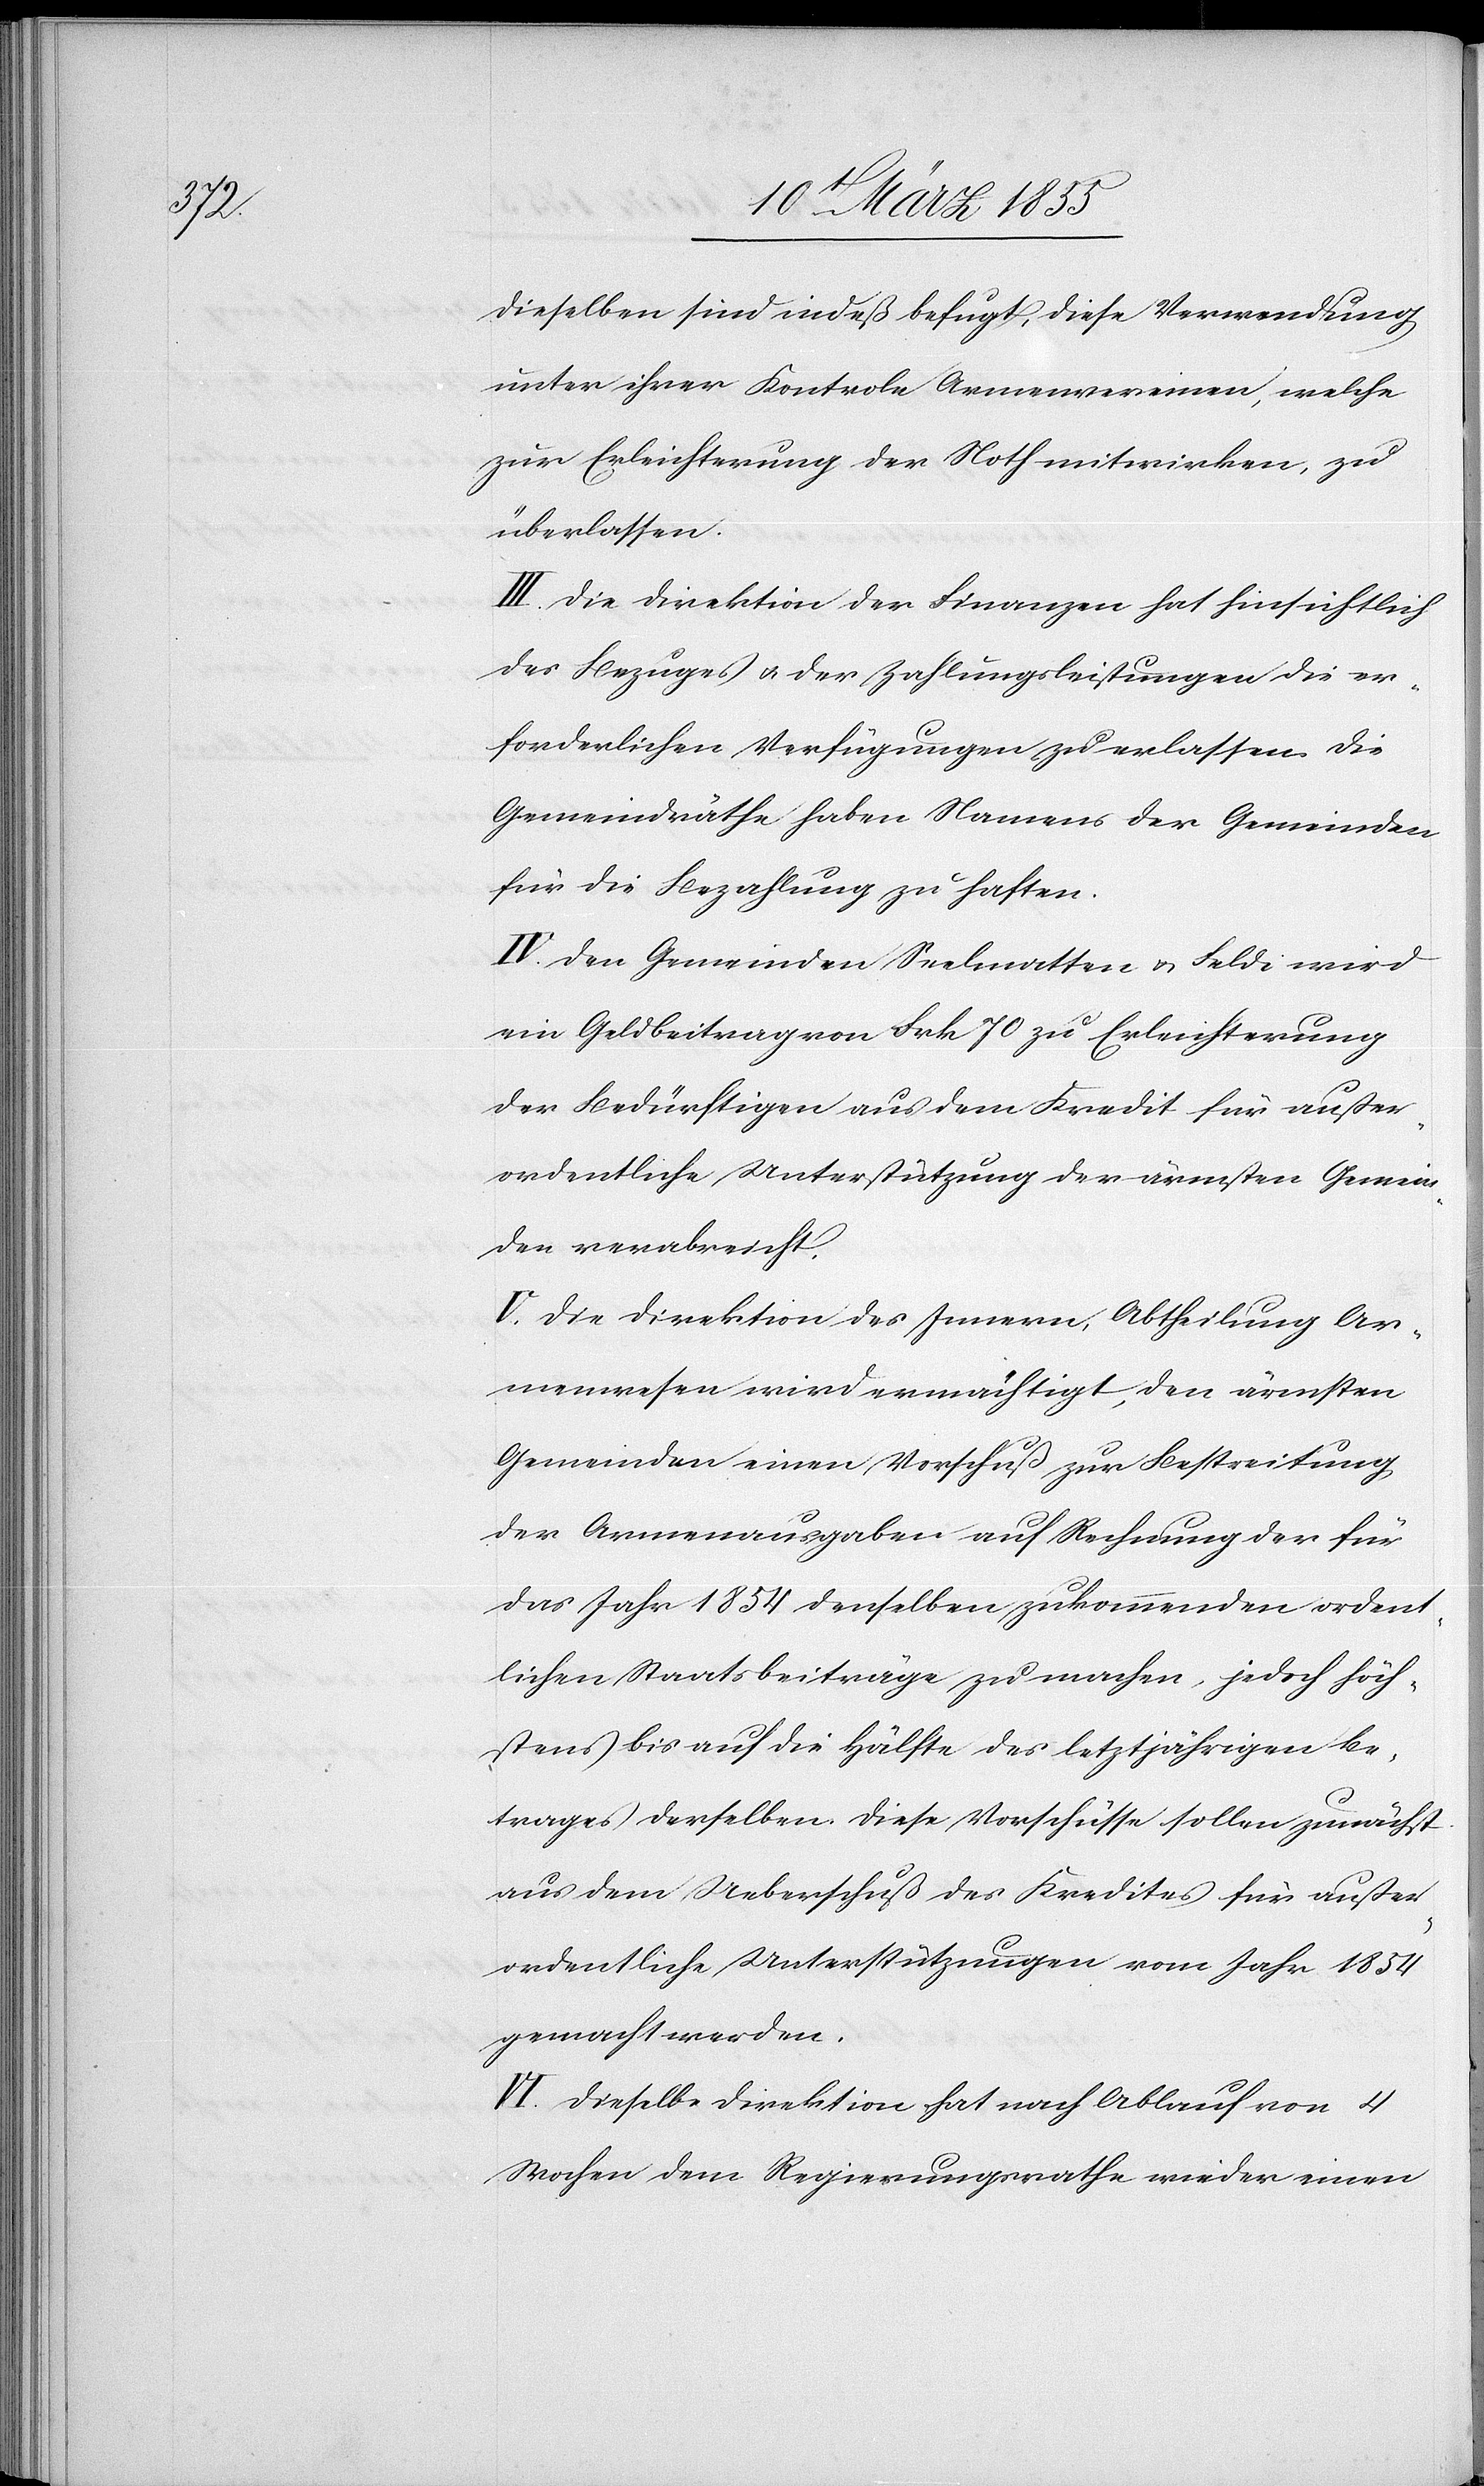
Dieselben sind indeß befugt, diese Verwendung
unter ihrer Kontrole Armenvereinen, welche
zur Erleichterung der Noth mitwirken, zu
überlassen.
III. Die Direktion der Finanzen hat hinsichtlich
des Bezuges & der Zahlungsleistungen die er¬
forderlichen Verfügungen zu erlassen. Die
Gemeindräthe haben Namens der Gemeinden
für die Bezahlung zu haften.
IV. Den Gemeinden Seelmatten & Feldi wird
ein Geldbeitrag von Frk 70 zu Erleichterung
der Bedürftigen aus dem Kredit für außer¬
ordentliche Unterstützung der ärmsten Gemein¬
den verabreicht.
V. Die Direktion des Innern, Abtheilung Ar¬
menwesen wird ermächtigt, den ärmsten
Gemeinden einen Vorschuß zur Bestreitung
der Armenausgaben auf Rechnung der für
das Jahr 1854 denselben zukommenden ordent¬
lichen Staatsbeiträge zu machen, jedoch höch¬
stens bis auf die Hälfte des letztjährigen Be¬
trages derselben. Diese Vorschüsse sollen zunächst
aus dem Ueberschuß des Kredites für außer¬
ordentliche Unterstützungen vom Jahr 1854
gemacht werden.
VI. Dieselbe Direktion hat nach Ablauf von 4
Wochen dem Regierungsrathe wieder einen